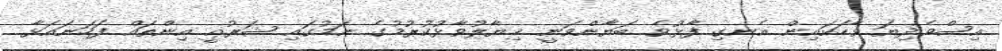
އިސްވެދިޔަ ވާހަކައިން އެނގި ފާޅުވެ ބަޔާންވަނީ ޚިޔާލުވާޅުކުރުމުގެ ނަމުގައި ޝަރުޢީ އިންތައް ފަހަނައަޅާ